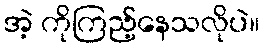
အဲ့ ကိုကြည့်နေသလိုပဲ။